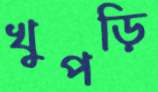
খুপড়ি